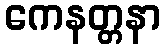
ကေနတ္တနာ